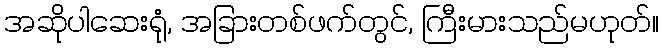
အဆိုပါဆေးရုံ, အခြားတစ်ဖက်တွင်, ကြီးမားသည်မဟုတ်။